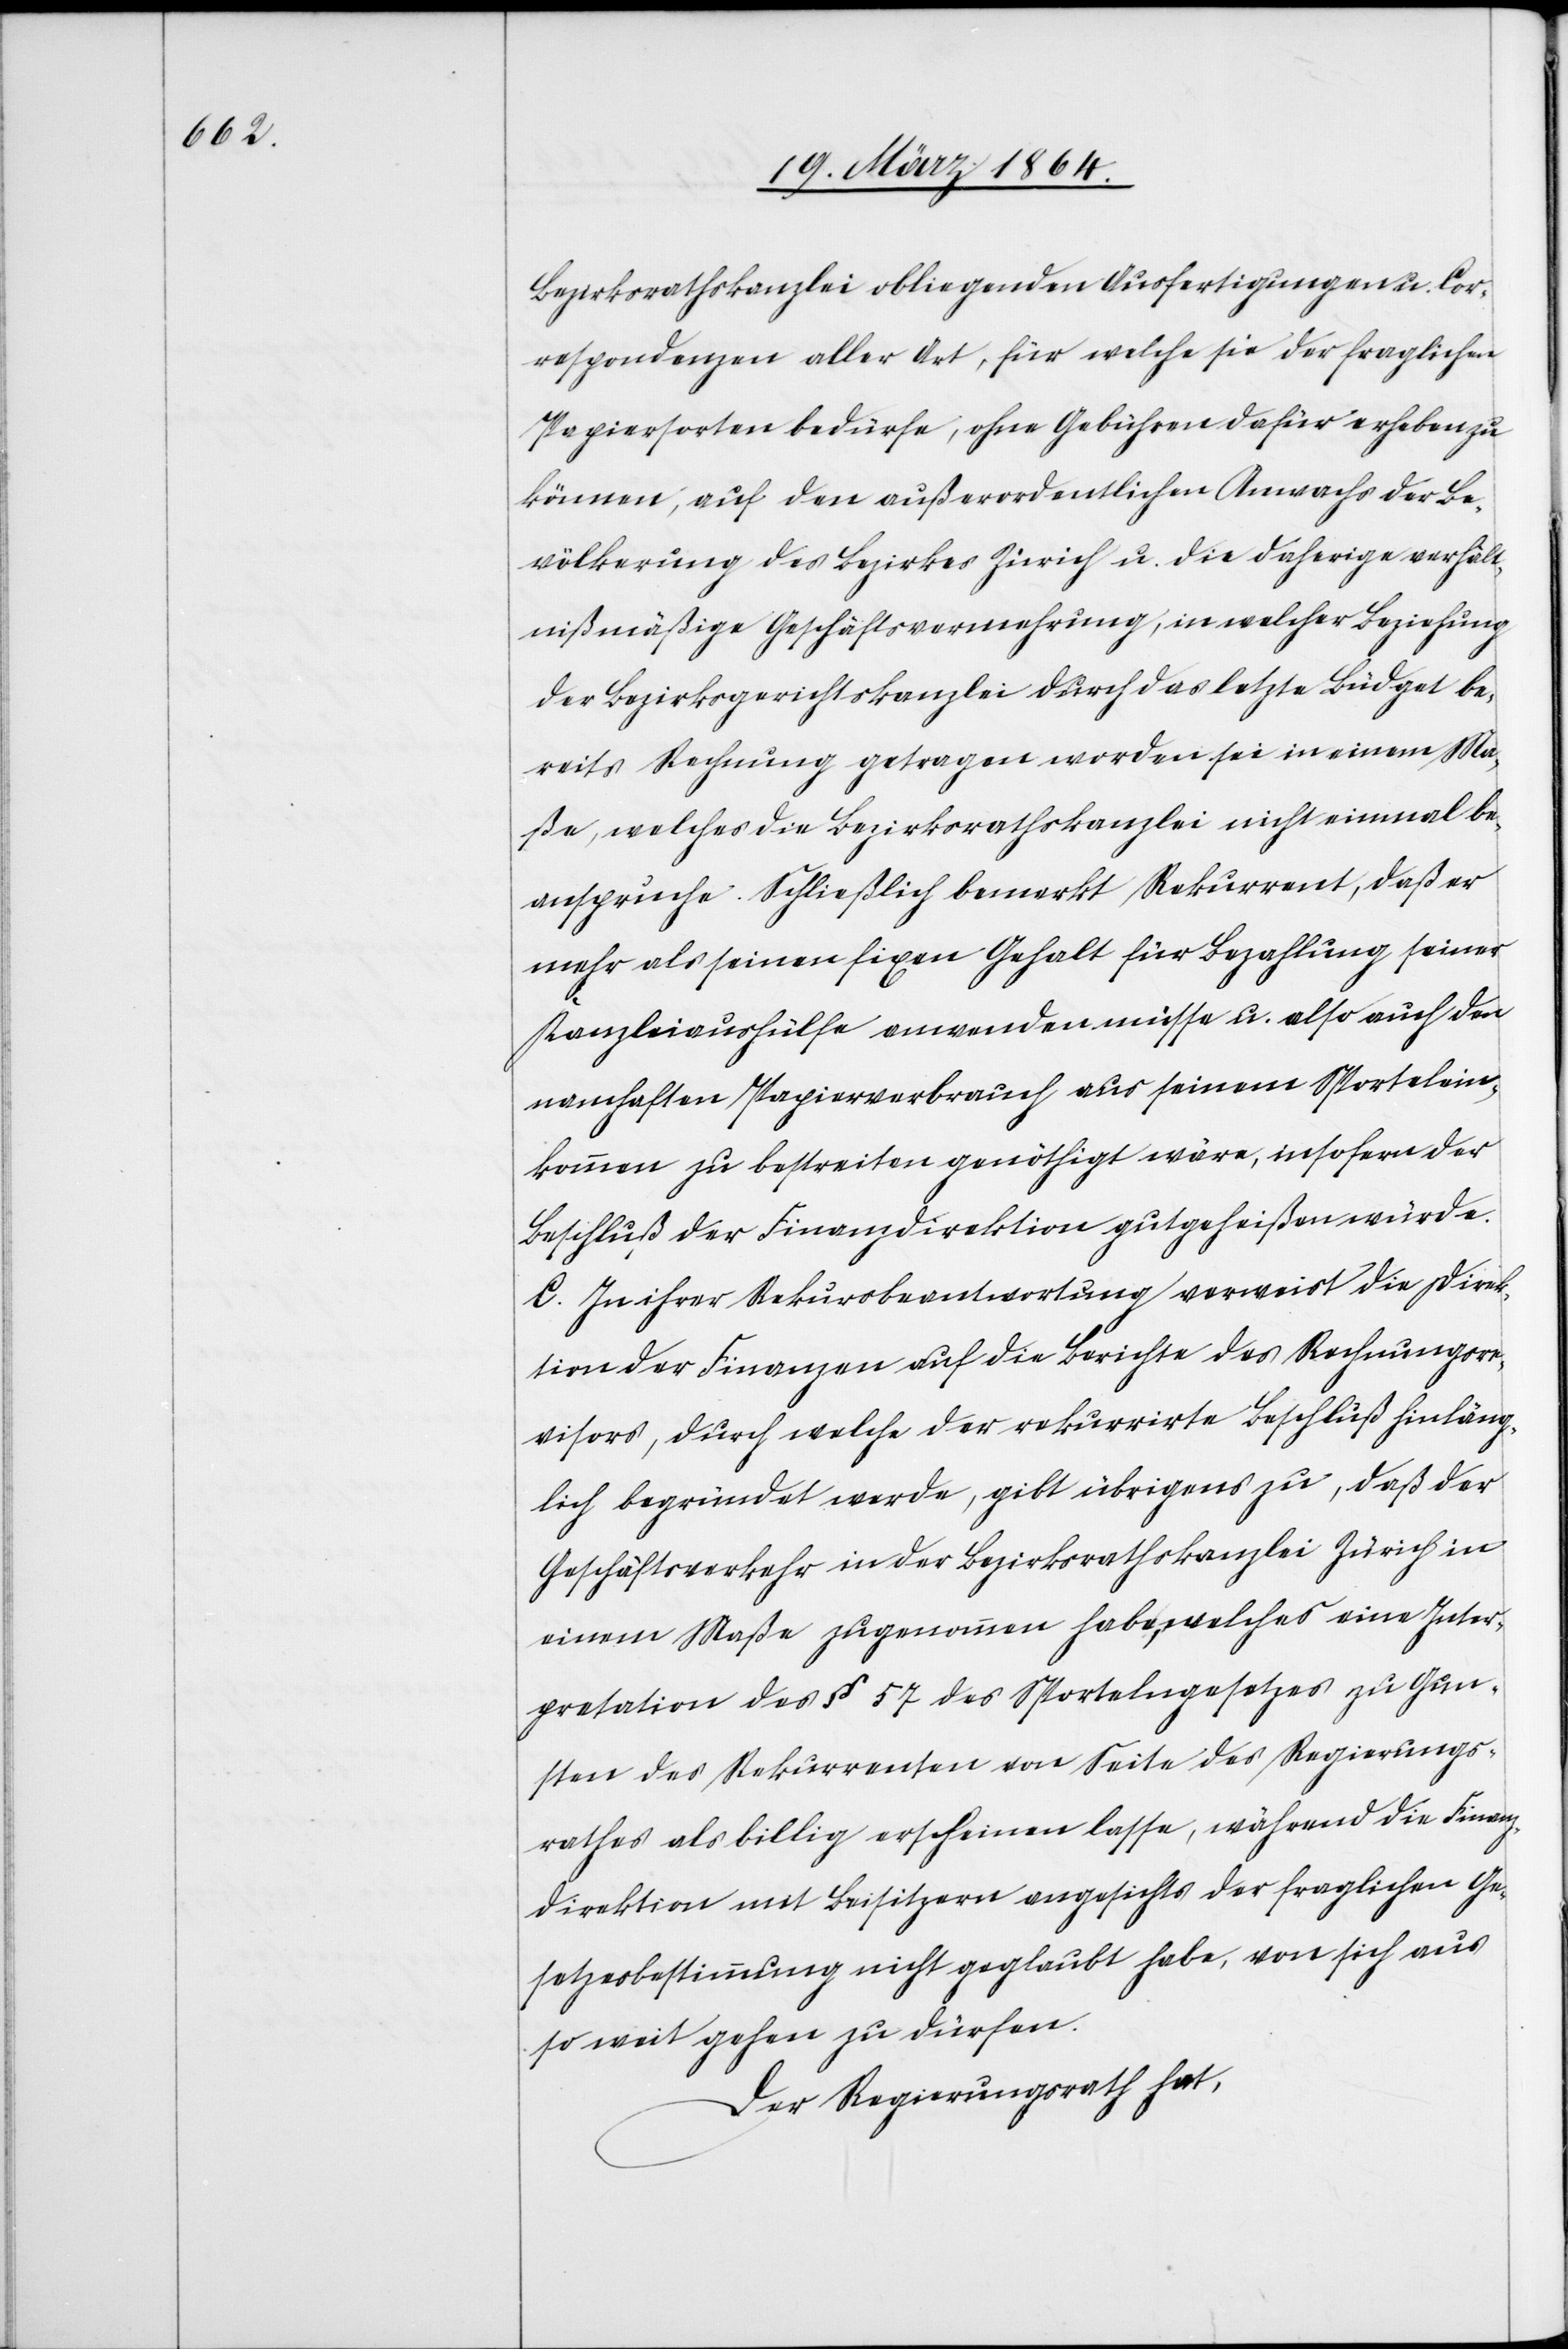
Bezirksrathskanzlei obliegenden Ausfertigungen u. Cor¬
respondenzen aller Art, für welche sie der fraglichen
Papiersorten bedürfe, ohne Gebühren dafür erheben zu
können, auf den außerordentlichen Anwachs der Be¬
völkerung des Bezirkes Zürich u. die daherige verhält¬
nißmäßige Geschäftsvermehrung, in welcher Beziehung
der Bezirksgerichtskanzlei durch das letzte Büdget be¬
reits Rechnung getragen worden sei in einem Ma¬
ße, welches die Bezirksrathskanzlei nicht einmal be¬
anspruche. Schließlich bemerkt Rekurrent, daß er
mehr als seinen fixen Gehalt für Bezahlung seiner
Kanzleiaushülfe anwenden müsse u. also auch den
namhaften Papierverbrauch aus seinem Sportelein¬
kommen zu bestreiten genöthigt wäre, insofern der
Beschluß der Finanzdirektion gutgeheißen würde.
C. In Ihrer Rekursbeantwortung verweist die Direk¬
tion der Finanzen auf die Berichte des Rechnungsre¬
visors, durch welche der rekurrirte Beschluß hinläng¬
lich begründet werde, gibt übrigens zu, daß der
Geschäftsverkehr in der Bezirksrathskanzlei Zürich in
einem Maße zugenommen habe, welches eine Inter¬
pretation des § 57 des Sportelngesetzes zu Gun¬
sten des Rekurrenten von Seite des Regierungs¬
rathes als billig erscheinen lasse, während die Finanz¬
direktion mit Beisitzern angesichts der fraglichen Ge¬
setzesbestimmung nicht geglaubt habe, von sich aus
so weit gehen zu dürfen.
Der Regierungsrath hat,